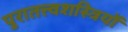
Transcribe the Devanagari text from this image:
पुरातत्त्वशस्त्रियों